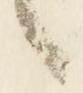
言